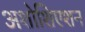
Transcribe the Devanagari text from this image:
अशोशिएशन